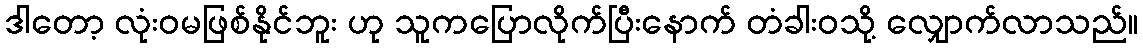
ဒါတော့ လုံးဝမဖြစ်နိုင်ဘူး ဟု သူကပြောလိုက်ပြီးနောက် တံခါးဝသို့ လျှောက်လာသည်။